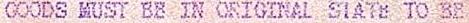
GOODS MUST BE IN ORIGINAL STATE TO BE